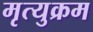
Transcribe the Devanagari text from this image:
मृत्युक्रम